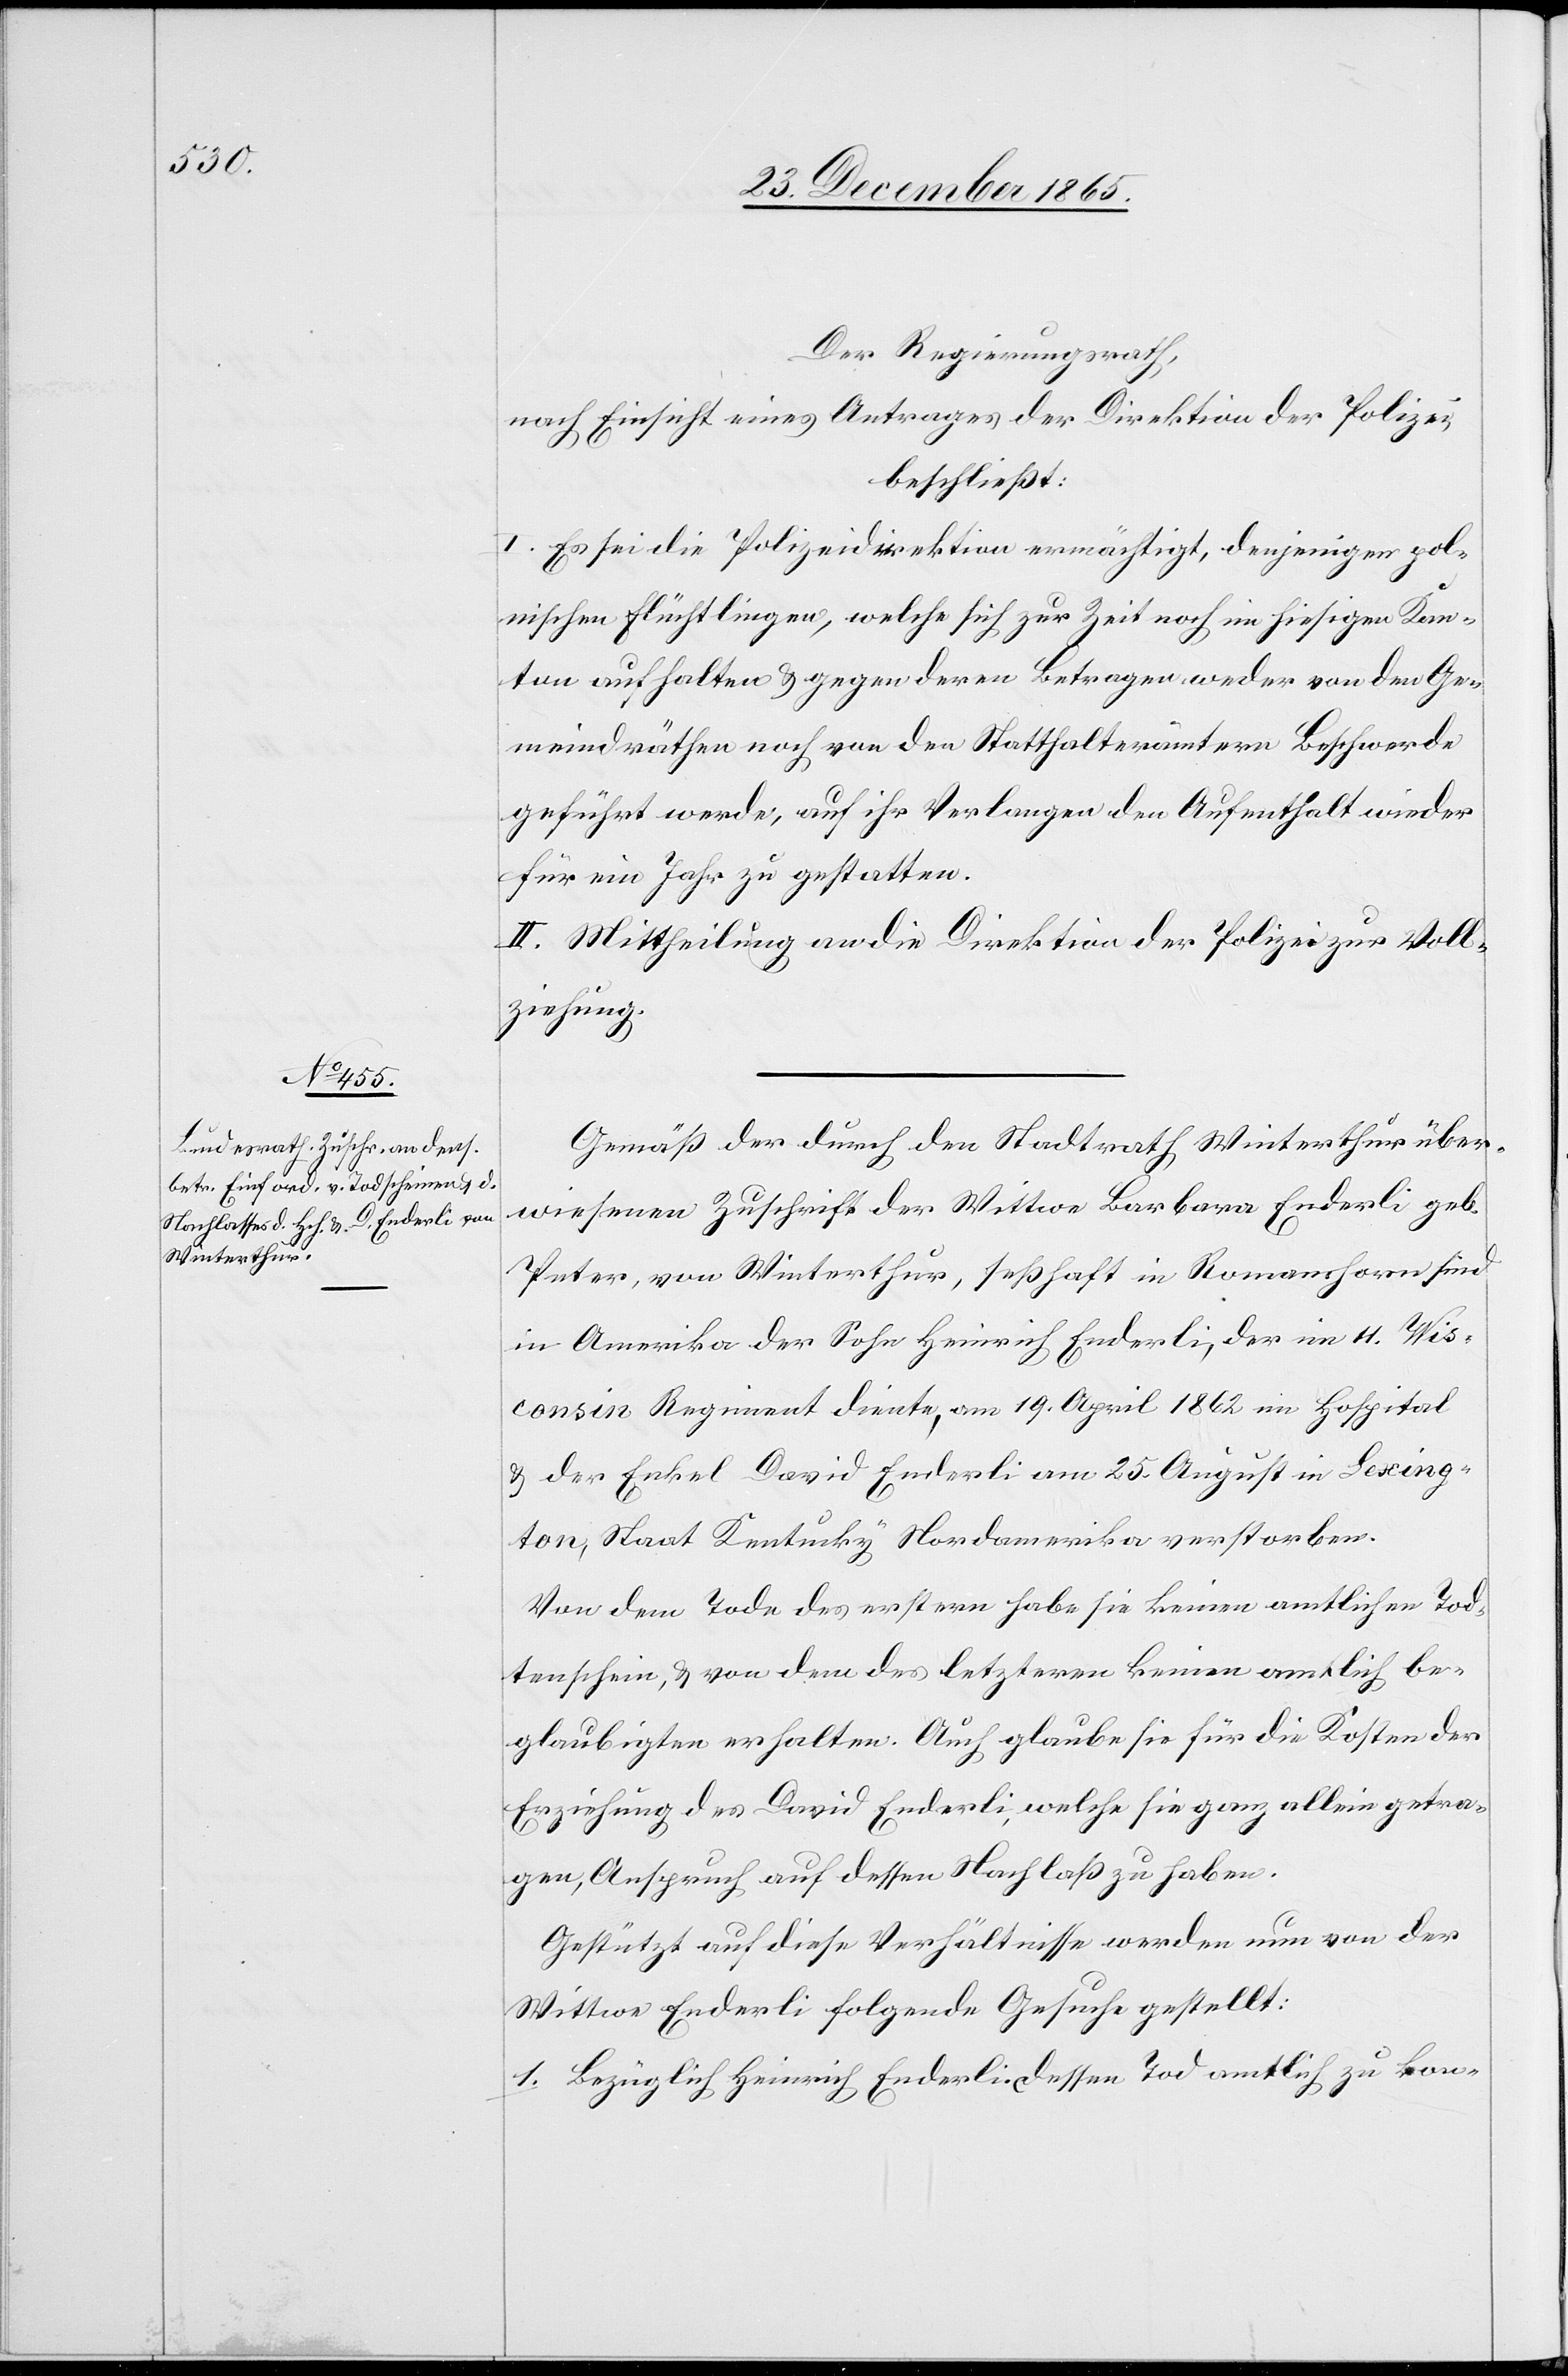
Der Regierungsrath,
nach Einsicht eines Antrages der Direktion der Polizei,
beschließt:
I. Es sei die Polizeidirektion ermächtigt, denjenigen pol¬
nischen Flüchtlingen, welche sich zur Zeit noch im hiesigen Kan¬
ton aufhalten & gegen deren Betragen weder von den Ge¬
meindräthen noch von den Statthalterämtern Beschwerde
geführt wurde, auf ihr Verlangen den Aufenthalt wieder
für ein Jahr zu gestatten.
II. Mittheilung an die Direktion der Polizei zur Voll¬
ziehung.
Gemäß der durch den Stadtrath Winterthur über¬
wiesenen Zuschrift der Wittwe Barbara Enderli geb.
Peter, von Winterthur, seßhaft in Romanshorn sind
in Amerika der Sohn Heinrich Enderli, der im 4. Wis¬
consin Regiment diente, am 19. April 1862 im Hospital
& der Enkel David Enderli am 25. August in Lexing¬
ton, Staat Kentucky Nordamerika verstorben.
Von dem Tode des erstern habe sie keinen amtlichen Tod¬
tenschein, & von dem des letzteren keinen amtlich be¬
glaubigten erhalten. Auch glaube sie für die Kosten der
Erziehung des David Enderli, welche sie ganz allein getra¬
gen, Anspruch auf dessen Nachlaß zu haben.
Gestützt auf diese Verhältnisse werden nun von der
Wittwe Enderli folgende Gesuche gestellt:
1. Bezüglich Heinrich Enderli. Dessen Tod amtlich zu kon-